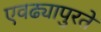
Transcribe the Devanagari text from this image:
एवढ्यापुरते